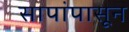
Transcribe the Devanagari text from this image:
सापांपासून